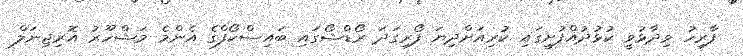
ފާރިހު ވިދާޅުވީ ކުޅުދުއްފުުށީގައި ކުރިއަށްދިޔަ ފޯރިގަދަ ރޯޑްޝޯގައި ބައިސްކޯފްގެ އެންމެ މަޝްހޫރު އޮރިޖިނަލް